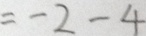
= - 2 - 4